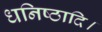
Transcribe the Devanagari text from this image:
धनिष्ठादि।